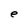
Character: e